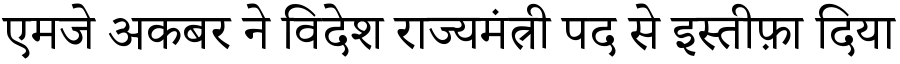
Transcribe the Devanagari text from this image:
एमजे अकबर ने विदेश राज्यमंत्री पद से इस्तीफ़ा दिया